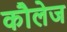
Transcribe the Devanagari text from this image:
कौलेज